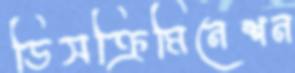
ডিসক্রিমিনেশন